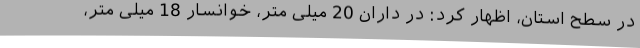
در سطح استان، اظهار کرد: در داران 20 میلی متر، خوانسار 18 میلی متر،